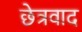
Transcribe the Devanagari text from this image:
छेत्रवाद